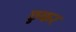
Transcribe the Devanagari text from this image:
छुकर